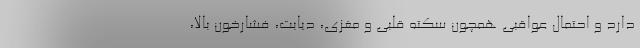
دارد و احتمال عواقبی همچون سکته قلبی و مغزی، دیابت، فشارخون بالا،